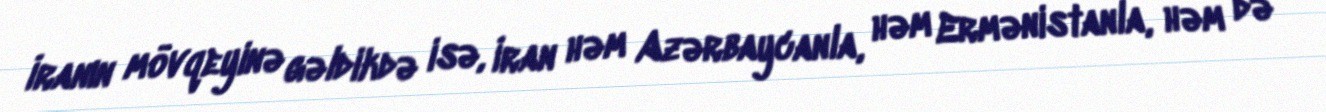
İranın mövqeyinə gəldikdə isə, İran həm Azərbaycanla, həm Ermənistanla, həm də